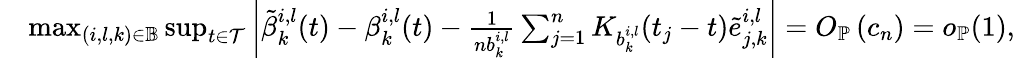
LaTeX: \begin{array}{rl}&{\operatorname*{max}_{(i,l,k)\in\mathbb{B}}\operatorname*{sup}_{t\in\mathcal{T}}\left|\tilde{\beta}_{k}^{i,l}(t)-\beta_{k}^{i,l}(t)-\frac{1}{nb_{k}^{i,l}}\sum_{j=1}^{n}K_{b_{k}^{i,l}}(t_{j}-t)\tilde{e}_{j,k}^{i,l}\right|=O_{\mathbb{P}}\left(c_{n}\right)=o_{\mathbb{P}}(1),}\end{array}